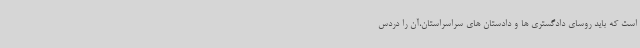
است که باید روسای دادگستری ها و دادستان های سراسراستان،آن را دردس